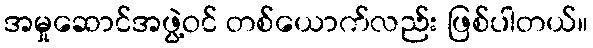
အမှုဆောင်အဖွဲ့ဝင် တစ်ယောက်လည်း ဖြစ်ပါတယ်။